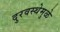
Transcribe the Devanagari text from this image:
दुरवस्थेमुळे